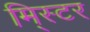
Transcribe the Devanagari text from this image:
मि्स्टर